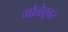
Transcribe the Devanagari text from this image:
गोळेश्र्वर